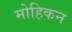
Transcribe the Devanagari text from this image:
मोहिकन